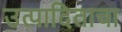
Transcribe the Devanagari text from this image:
उत्पादिताचा